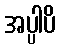
အပ္ပါပိ